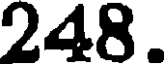
248.